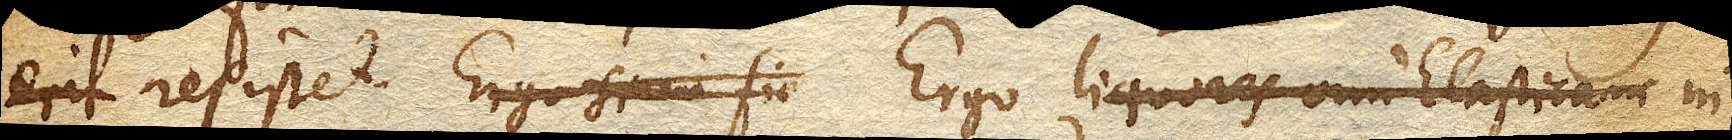
erit resistet. Ergo si in fir Ergo liquoresvim Elasticam in